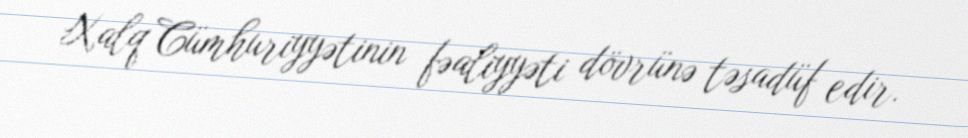
Xalq Cümhuriyyətinin fəaliyyəti dövrünə təsadüf edir.